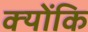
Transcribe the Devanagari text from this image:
क्‍योंकि